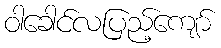
ဝါခေါင်လပြည့်ကျော်